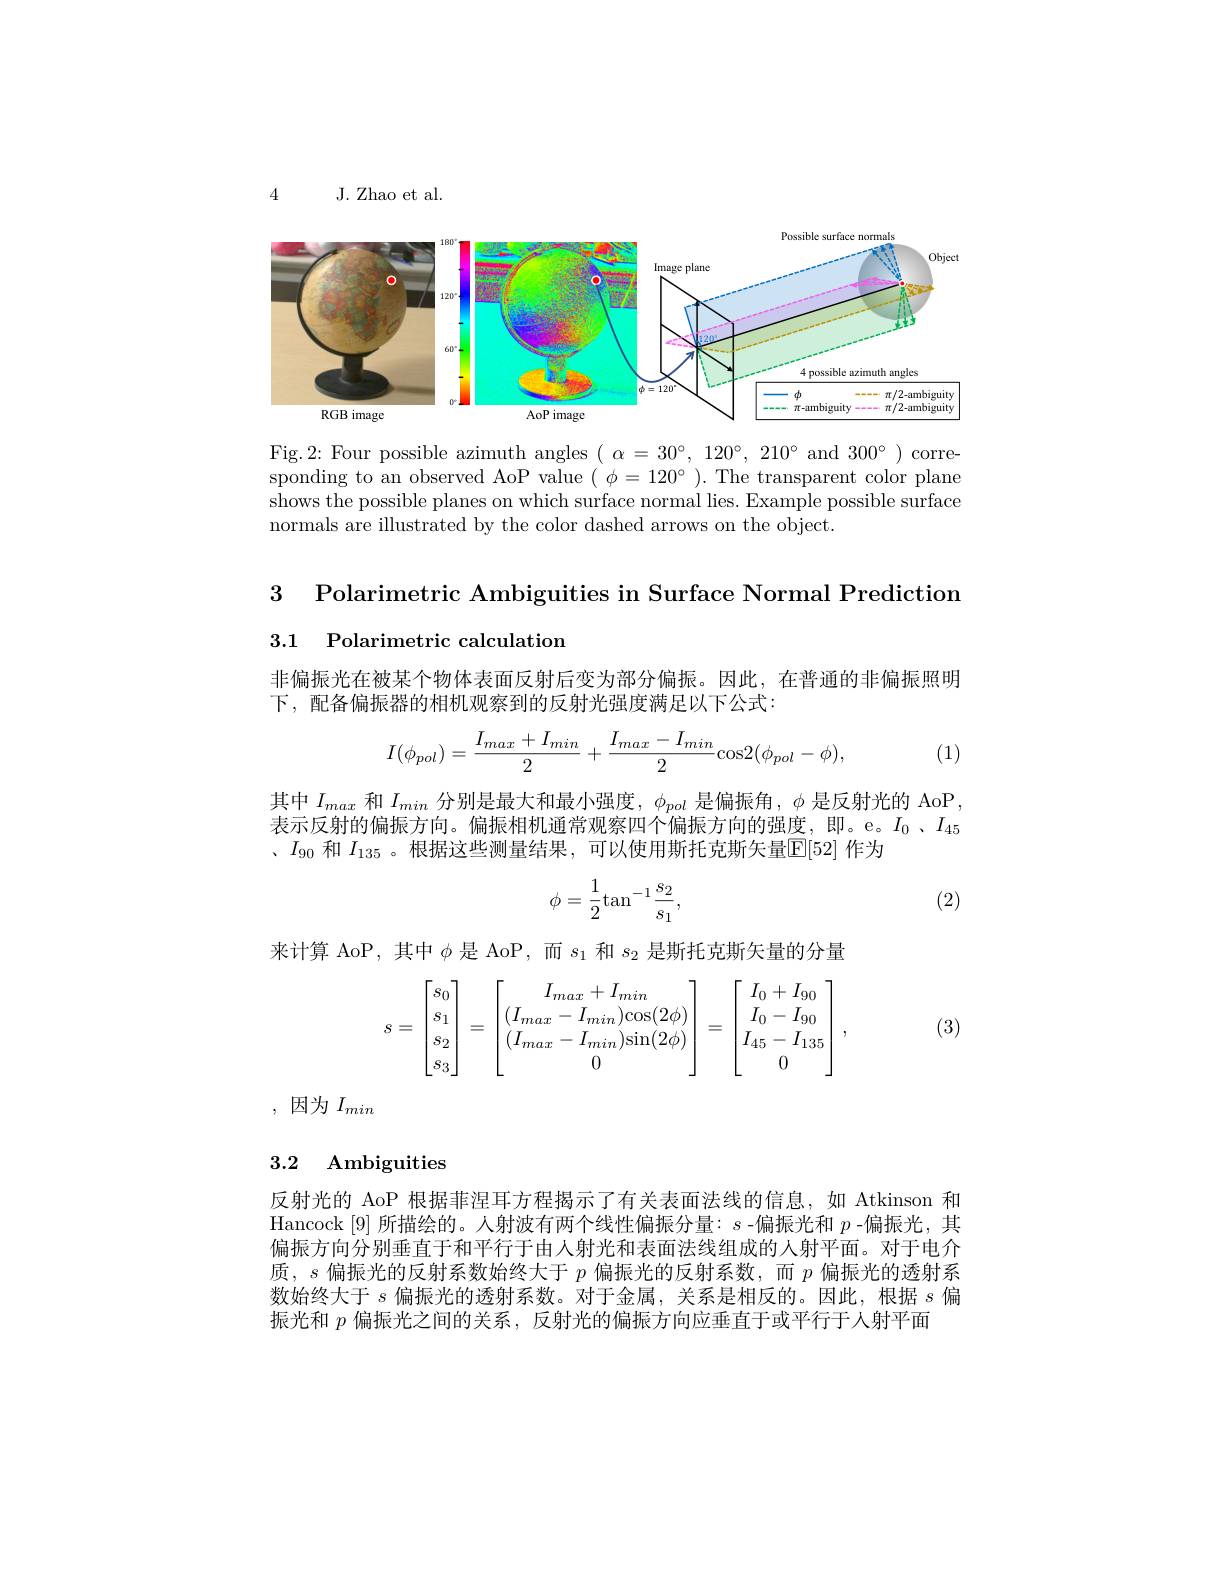
4

J. Zhao et al.

<FigureHere>

Fig.2: Four possible azimuth angles $(\begin{array}{cc}\alpha=30^{\circ},&120^{\circ},&210^{\circ}\mathrm{~and~}300^{\circ}\end{array})$corresponding to an observed AoP value $(\phi=120^{\circ}).$ The transparent color plane shows the possible planes on which surface normal lies. Example possible surface normals are illustrated by the color dashed arrows on the object.

3 Polarimetric Ambiguities in Surface Normal Prediction

3.1 Polarimetric calculation

非偏振光在被某个物体表面反射后变为部分偏振。因此，在普通的非偏振照明
下，配备偏振器的相机观察到的反射光强度满足以下公式：
$$I(\phi_{pol})=\frac{I_{max}+I_{min}}{2}+\frac{I_{max}-I_{min}}{2}\mathrm{cos}2(\phi_{pol}-\phi),$$
(1)

其中$I_{max}$和$I_{min}$分别是最大和最小强度，$\phi_{pol}$是偏振角，$\phi$是反射光的 AoP, 表示反射的偏振方向。偏振相机通常观察四个偏振方向的强度，即。e。$I_{0}$、$I_{45}$ 、$I_{90}$和$I_{135}$ 。根据这些测量结果，可以使用斯托克斯矢量$\mathbb{E}[52]$作为
$$\phi=\dfrac{1}{2}\text{tan}^{-1}\dfrac{s_2}{s_1},$$
(2)

来计算 AoP,其中$\phi$是 AoP,而$s_1$和$s_2$是斯托克斯矢量的分量
$$s=\begin{bmatrix}s_0\\s_1\\s_2\\s_3\end{bmatrix}=\begin{bmatrix}I_{max}+I_{min}\\(I_{max}-I_{min})\mathrm{cos}(2\phi)\\(I_{max}-I_{min})\mathrm{sin}(2\phi)\\0\end{bmatrix}=\begin{bmatrix}I_0+I_{90}\\I_0-I_{90}\\I_{45}-I_{135}\\0\end{bmatrix},$$
(3)

,因为$I_{min}$

# 3.2 Ambiguities

反射光的 AoP 根据菲涅耳方程揭示了有关表面法线的信息，如 Atkinson 和Hancock [9] 所描绘的。人射波有两个线性偏振分量：$s$ -偏振光和$p$ -偏振光，其偏振方向分别垂直于和平行于由人射光和表面法线组成的人射平面。对于电介质，$s$偏振光的反射系数始终大于$p$偏振光的反射系数，而$p$偏振光的透射系数始终大于$s$偏振光的透射系数。对于金属，关系是相反的。因此，根据$s$偏振光和$p$偏振光之间的关系，反射光的偏振方向应垂直于或平行于人射平面